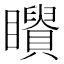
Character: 𥌶